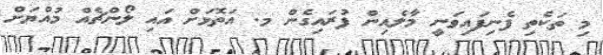
މި ތަކެތި ފެނިފައިވަނީ މާލެއިން ފުރައިގެން މ. އަތޮޅަށް އައި ލޯންޗެއް މުއްޔަށް